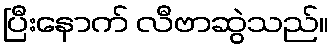
ပြီးနောက် လီဗာဆွဲသည်။